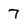
Character: 7